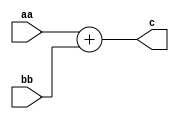
module adder #(
    parameter DATA_W = 63
)(
    input [DATA_W-1:0] aa,
    input [DATA_W-1:0] bb,
    output [DATA_W-1:0] c
);
        assign c = aa + bb;

endmodule